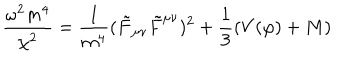
\frac { \omega ^ { 2 } m ^ { 4 } } { \chi ^ { 2 } } = \frac { 1 } { m ^ { 4 } } ( \tilde { F } _ { \mu \nu } \tilde { F } ^ { \mu \nu } ) ^ { 2 } + \frac { 1 } { 3 } ( V ( \varphi ) + M )